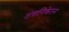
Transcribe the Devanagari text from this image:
तंत्रानिकेतन